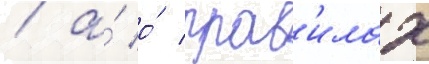
/ а́ о́ прав'илах